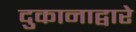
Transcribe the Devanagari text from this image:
दुकानाद्वारे